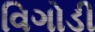
વિગોડી